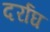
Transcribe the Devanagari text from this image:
दर्राघ